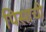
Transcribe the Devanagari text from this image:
पिसाची